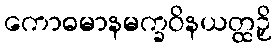
ကောဓမာနမက္ခဝိနယတ္ထဉှိ